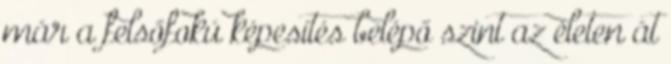
már a felsőfokú képesítés belépő szint az életen át